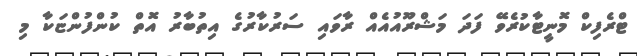
ޓްރެފިކް މޮނީޓާކުރެވޭ ފަދަ މަޝްރޫއުއެއް ރާވައި ސަރުކާރުގެ އިތުބާރު އޮތް ކުންފުންޏަކާ މި